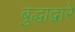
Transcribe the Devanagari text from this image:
बुद्धाद्वारे